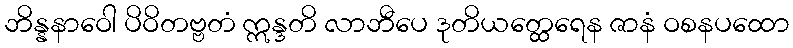
ဘိန္နနာဝေါ ပိဝိတဗ္ဗတံ ဣန္ဒတိ လာဘီပေ ဒုတိယတ္ထေရေန ဇာနံ ဝစနပထော